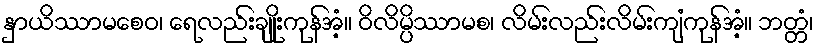
နှာယိဿာမစေဝ၊ ရေလည်းချိုးကုန်အံ့။ ဝိလိမ္ပိဿာမစ၊ လိမ်းလည်းလိမ်းကျံကုန်အံ့။ ဘတ္တံ၊